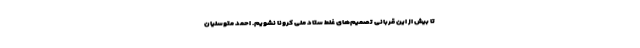
تا بیش از این قربانی تصمیم‌های غلط ستاد ملی کرونا نشویم. احمد متوسلیان